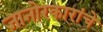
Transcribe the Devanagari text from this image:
जानोरकारांचे